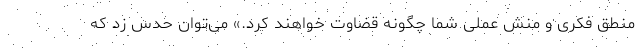
منطق فکری و منش عملی شما چگونه قضاوت خواهند کرد.» می‌توان حدس زد که